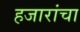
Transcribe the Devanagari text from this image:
हजारांचा